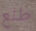
طلع